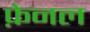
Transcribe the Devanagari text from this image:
फ़ेनल